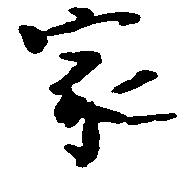
家